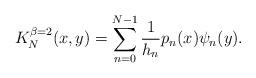
LaTeX: \begin{align*}K_N^{\beta=2}(x,y)=\sum_{n=0}^{N-1}\frac{1}{h_n}p_n(x)\psi_n(y).\end{align*}